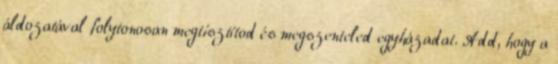
áldozatával folytonosan megtisztítod és megszenteled egyházadat. Add, hogy a